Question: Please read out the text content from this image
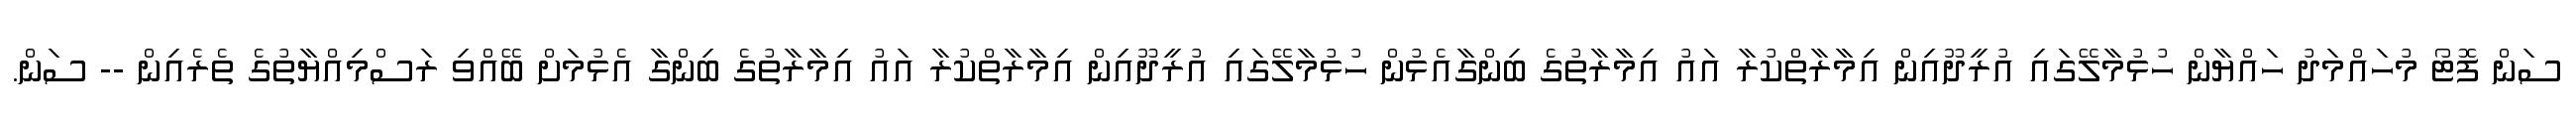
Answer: ސަން ފޮޓޯ މުހައްމަދު ހައްޔާން ހުޅުމާލޭގައި އުރީދޫއިން އިމާރާތްކުރާ އައު އިމާރާތުގެ ބިންގާއެޅުން ހުޅުމާލޭގައި އުރީދޫއިން އިމާރާތްކުރާ އައު އިމާރާތުގެ ބިންގާ އެޅުމަށް ބޭއްވި ރަސްމިއްޔާތުގެ ތެރެއިން -- ސަން.